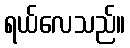
ရယ်လေသည်။